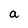
Character: a